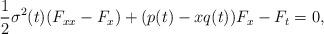
LaTeX: \begin{align*}\frac{1}{2}\sigma ^{2}(t)(F_{xx}-F_{x})+(p(t)-xq(t))F_{x}-F_{t}=0,\end{align*}